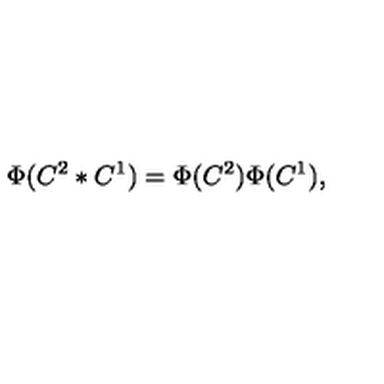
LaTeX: \Phi ( C ^ { 2 } * C ^ { 1 } ) = \Phi ( C ^ { 2 } ) \Phi ( C ^ { 1 } ) ,